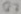
Text: Q7